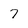
Character: 7